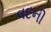
વદની